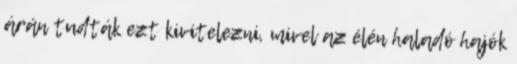
árán tudták ezt kivitelezni, mivel az élén haladó hajók